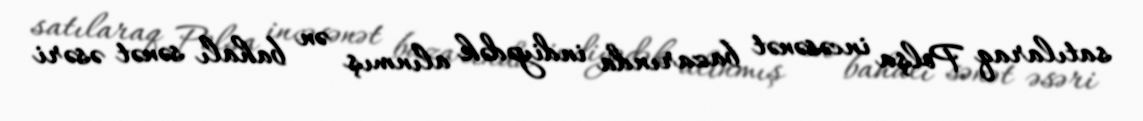
satılaraq Polşa incəsənət bazarında indiyədək alınmış ən bahalı sənət əsəri